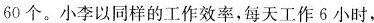
60个。小李以同样的工作效率，每天工作6小时，